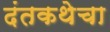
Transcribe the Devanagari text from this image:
दंतकथेचा